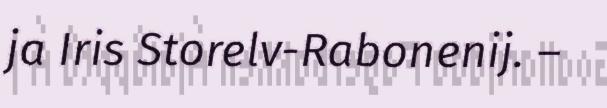
ja Iris Storelv-Rabonenij. –